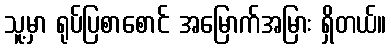
သူ့မှာ ရုပ်ပြစာစောင် အမြောက်အမြား ရှိတယ်။